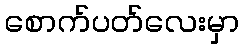
စောက်ပတ်လေးမှာ